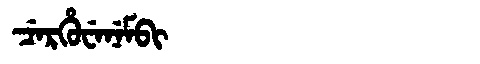
Manchu: ᠴᡝᡵᡥᡠᠸᡝᠨᡝᠮᠪᡳ
Romanization: CERHUWENEMBI